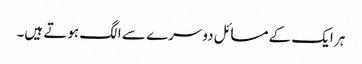
ہر ایک کے مسائل دوسرے سے الگ ہوتے ہیں۔